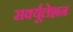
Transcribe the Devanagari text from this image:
सर्क्यूलेशन